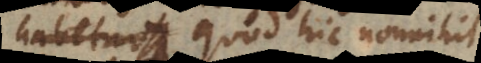
t, quod hic nonnihil